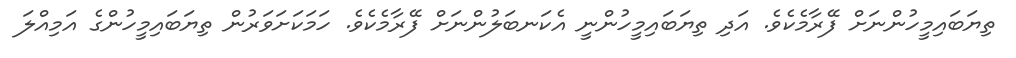
ތިޔަބައިމީހުންނަށް ފޭރާމެކެވެ. އަދި ތިޔަބައިމީހުންނީ އެކަނބަލުންނަށް ފޭރާމެކެވެ. ހަމަކަށަވަރުން ތިޔަބައިމީހުންގެ އަމިއްލަ